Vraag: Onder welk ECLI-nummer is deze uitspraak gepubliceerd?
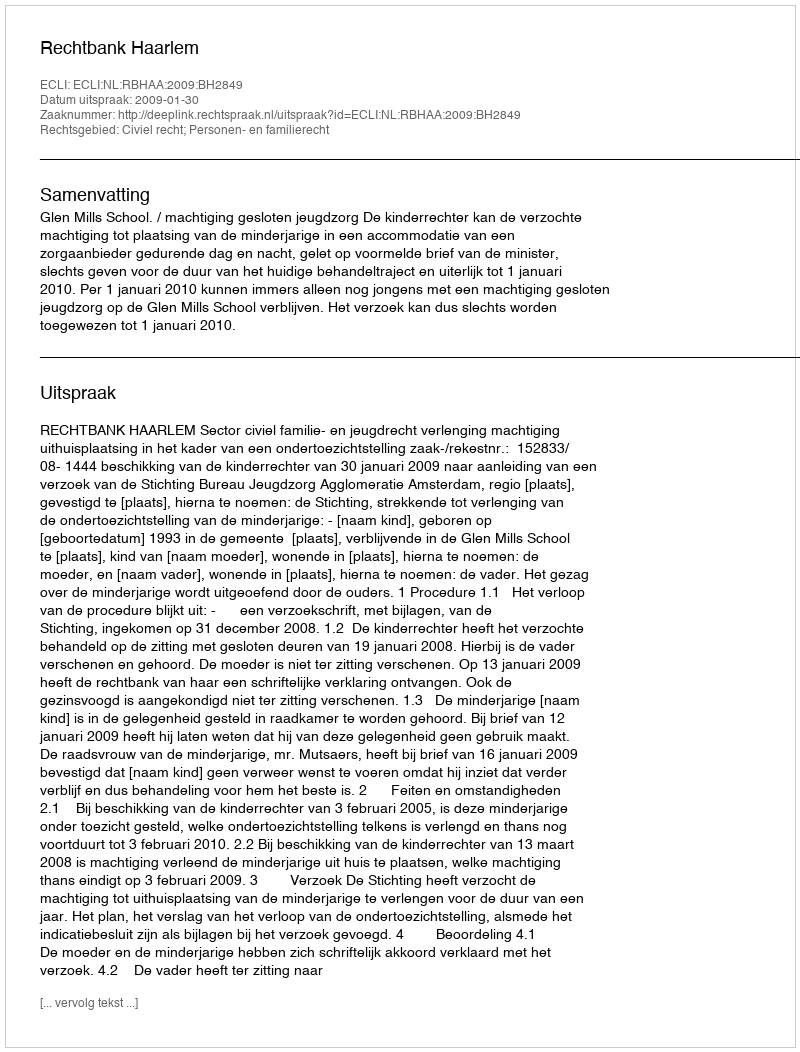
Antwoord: ECLI:NL:RBHAA:2009:BH2849